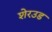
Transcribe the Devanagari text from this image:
शेरउड